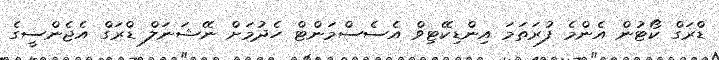
ޑްރަގް ކޯޓުން އެންމެ ފުރަތަމަ އިންޑިކޭޓިވް އެސެސްމަންޓް ހެދުމަށް ނޭޝަނަލް ޑްރަގް އެޖެންސީގެ